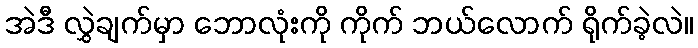
အဲဒီ လွှဲချက်မှာ ဘောလုံးကို ကိုက် ဘယ်လောက် ရိုက်ခဲ့လဲ။